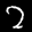
Label: 2